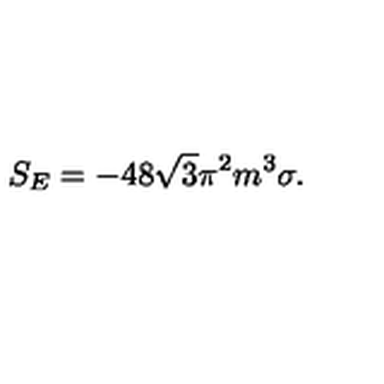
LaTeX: S _ { E } = - 4 8 \sqrt { 3 } { \pi } ^ { 2 } m ^ { 3 } \sigma .